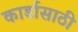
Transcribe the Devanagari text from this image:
कार्डासाठी